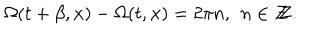
\Omega ( t + \beta , { \bf x } ) - \Omega ( t , { \bf x } ) = 2 \pi n , \, \ n \in Z \! \! \! Z .